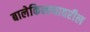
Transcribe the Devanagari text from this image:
बालेकिल्ल्यावरील